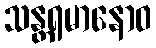
သန္တရမာနောဝ